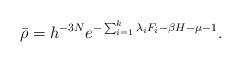
LaTeX: \begin{align*}\bar{\rho} = h^{-3N}e^{-\sum_{i=1}^k \lambda_i F_i -\beta H -\mu - 1}.\end{align*}